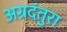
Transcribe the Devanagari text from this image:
अग्रदंतुरा